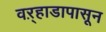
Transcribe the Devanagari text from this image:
वऱ्हाडापासून